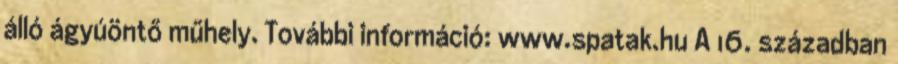
álló ágyúöntő műhely. További információ: www.spatak.hu A 16. században